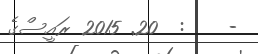
-    :  20